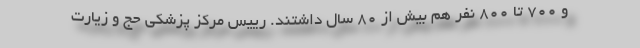
و ۷۰۰ تا ۸۰۰ نفر هم بیش از ۸۰ سال داشتند. رییس مرکز پزشکی حج و زیارت